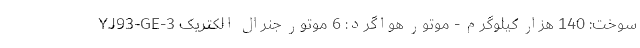
سوخت: 140 هزار کیلوگرم - موتور هواگرد: 6 موتور جنرال الکتریک YJ93-GE-3